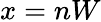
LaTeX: x=nW